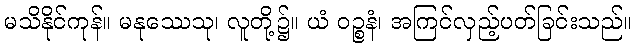
မသိနိုင်ကုန်။ မနုဿေသု၊ လူတို့၌။ ယံ ဝဉ္စနံ၊ အကြင်လှည့်ပတ်ခြင်းသည်။